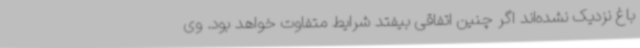
باغ نزدیک نشده‌اند اگر چنین اتفاقی بیفتد شرایط متفاوت خواهد بود. وی